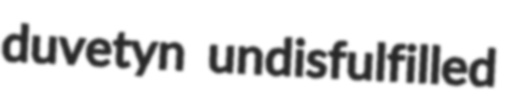
duvetyn undisfulfilled